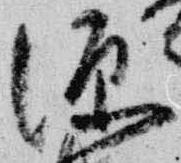
源